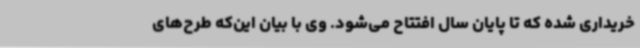
خریداری شده که تا پایان سال افتتاح می‌شود. وی با بیان این‌که طرح‌های